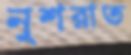
নুশরাত